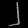
Digit: ၂